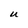
Character: U